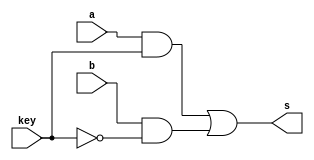
// -------------------------
// Exemplo0033 - F4
// Nome: Eduardo Manoel
// -------------------------

//-------------------------
// CHOICE
//-------------------------
module choice (output s, input a, input b, input key);
	assign s = ( (a & key) | ( b & ~key) );
endmodule // OR_GATE


//-------------------------
// OR_GATE
//-------------------------
module or_gate (output s, input a, input b);
	assign s = (a | b);
endmodule // OR_GATE

//-------------------------
// AND_GATE
//-------------------------
module and_gate (output s, input a, input b);
	assign s = (a & b);
endmodule // AND_GATE

// ------------------------- definir dados
module test_f4;
   reg  [3:0] x;
	reg  [3:0] y;
	reg  [0:0] key;
	
	wire [3:0] saida_and;
	wire [3:0] saida_or;
	wire [7:0] resultado;
	
	// Descricao do circutio principal
		//Resultado da AND bit a bit
	   and_gate and_0 (saida_and[0], x[0], y[0]);
		and_gate and_1 (saida_and[1], x[1], y[1]);
		and_gate and_2 (saida_and[2], x[2], y[2]);
		and_gate and_3 (saida_and[3], x[3], y[3]);
	
		//Resultado da OR bit a bit
	   or_gate or_0 (saida_or[0], x[0], y[0]);
		or_gate or_1 (saida_or[1], x[1], y[1]);
		or_gate or_2 (saida_or[2], x[2], y[2]);
		or_gate or_3 (saida_or[3], x[3], y[3]);
	
		//Definicao do resultado de acordo com a key
		choice resultado_0 (resultado[0], saida_and[0], saida_or[0], key);
		choice resultado_1 (resultado[1], saida_and[1], saida_or[1], key);
		choice resultado_2 (resultado[2], saida_and[2], saida_or[2], key);
		choice resultado_3 (resultado[3], saida_and[3], saida_or[3], key);
		
		choice resultado_4 (resultado[4], ~saida_and[0], ~saida_or[0], key);
		choice resultado_5 (resultado[5], ~saida_and[1], ~saida_or[1], key);
		choice resultado_6 (resultado[6], ~saida_and[2], ~saida_or[2], key);
		choice resultado_7 (resultado[7], ~saida_and[3], ~saida_or[3], key);
// ------------------------- parte principal
   initial begin
		//Descricao
      $display("Exemplo0033 - Eduardo Manoel - 427396");
      $display("Test LU's module");
		$display("KEY = 0 -> OR/NOR\nKEY = 1 -> AND/NAND\n");
		//Testes
		#1 x = 4'b0101; y = 4'b1010; key = 0;
		$monitor("Resultado KEY = %1b\n X -> %4b \t Y-> %4b \n Resultado da porta normal-> %4b \t Resultado da porta negada: %4b\n", key, x, y, resultado[3:0], resultado[7:4]);
		#2 x = 4'b0101; y = 4'b1010; key = 1;
		
		#3 x = 4'b1111; y = 4'b0000; key = 0;
		#4 x = 4'b1111; y = 4'b0000; key = 1;
		
		#5 x = 4'b1001; y = 4'b1000; key = 0;
		#6 x = 4'b1001; y = 4'b1000; key = 1;
end
endmodule // test_f4